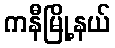
ကနီမြို့နယ်